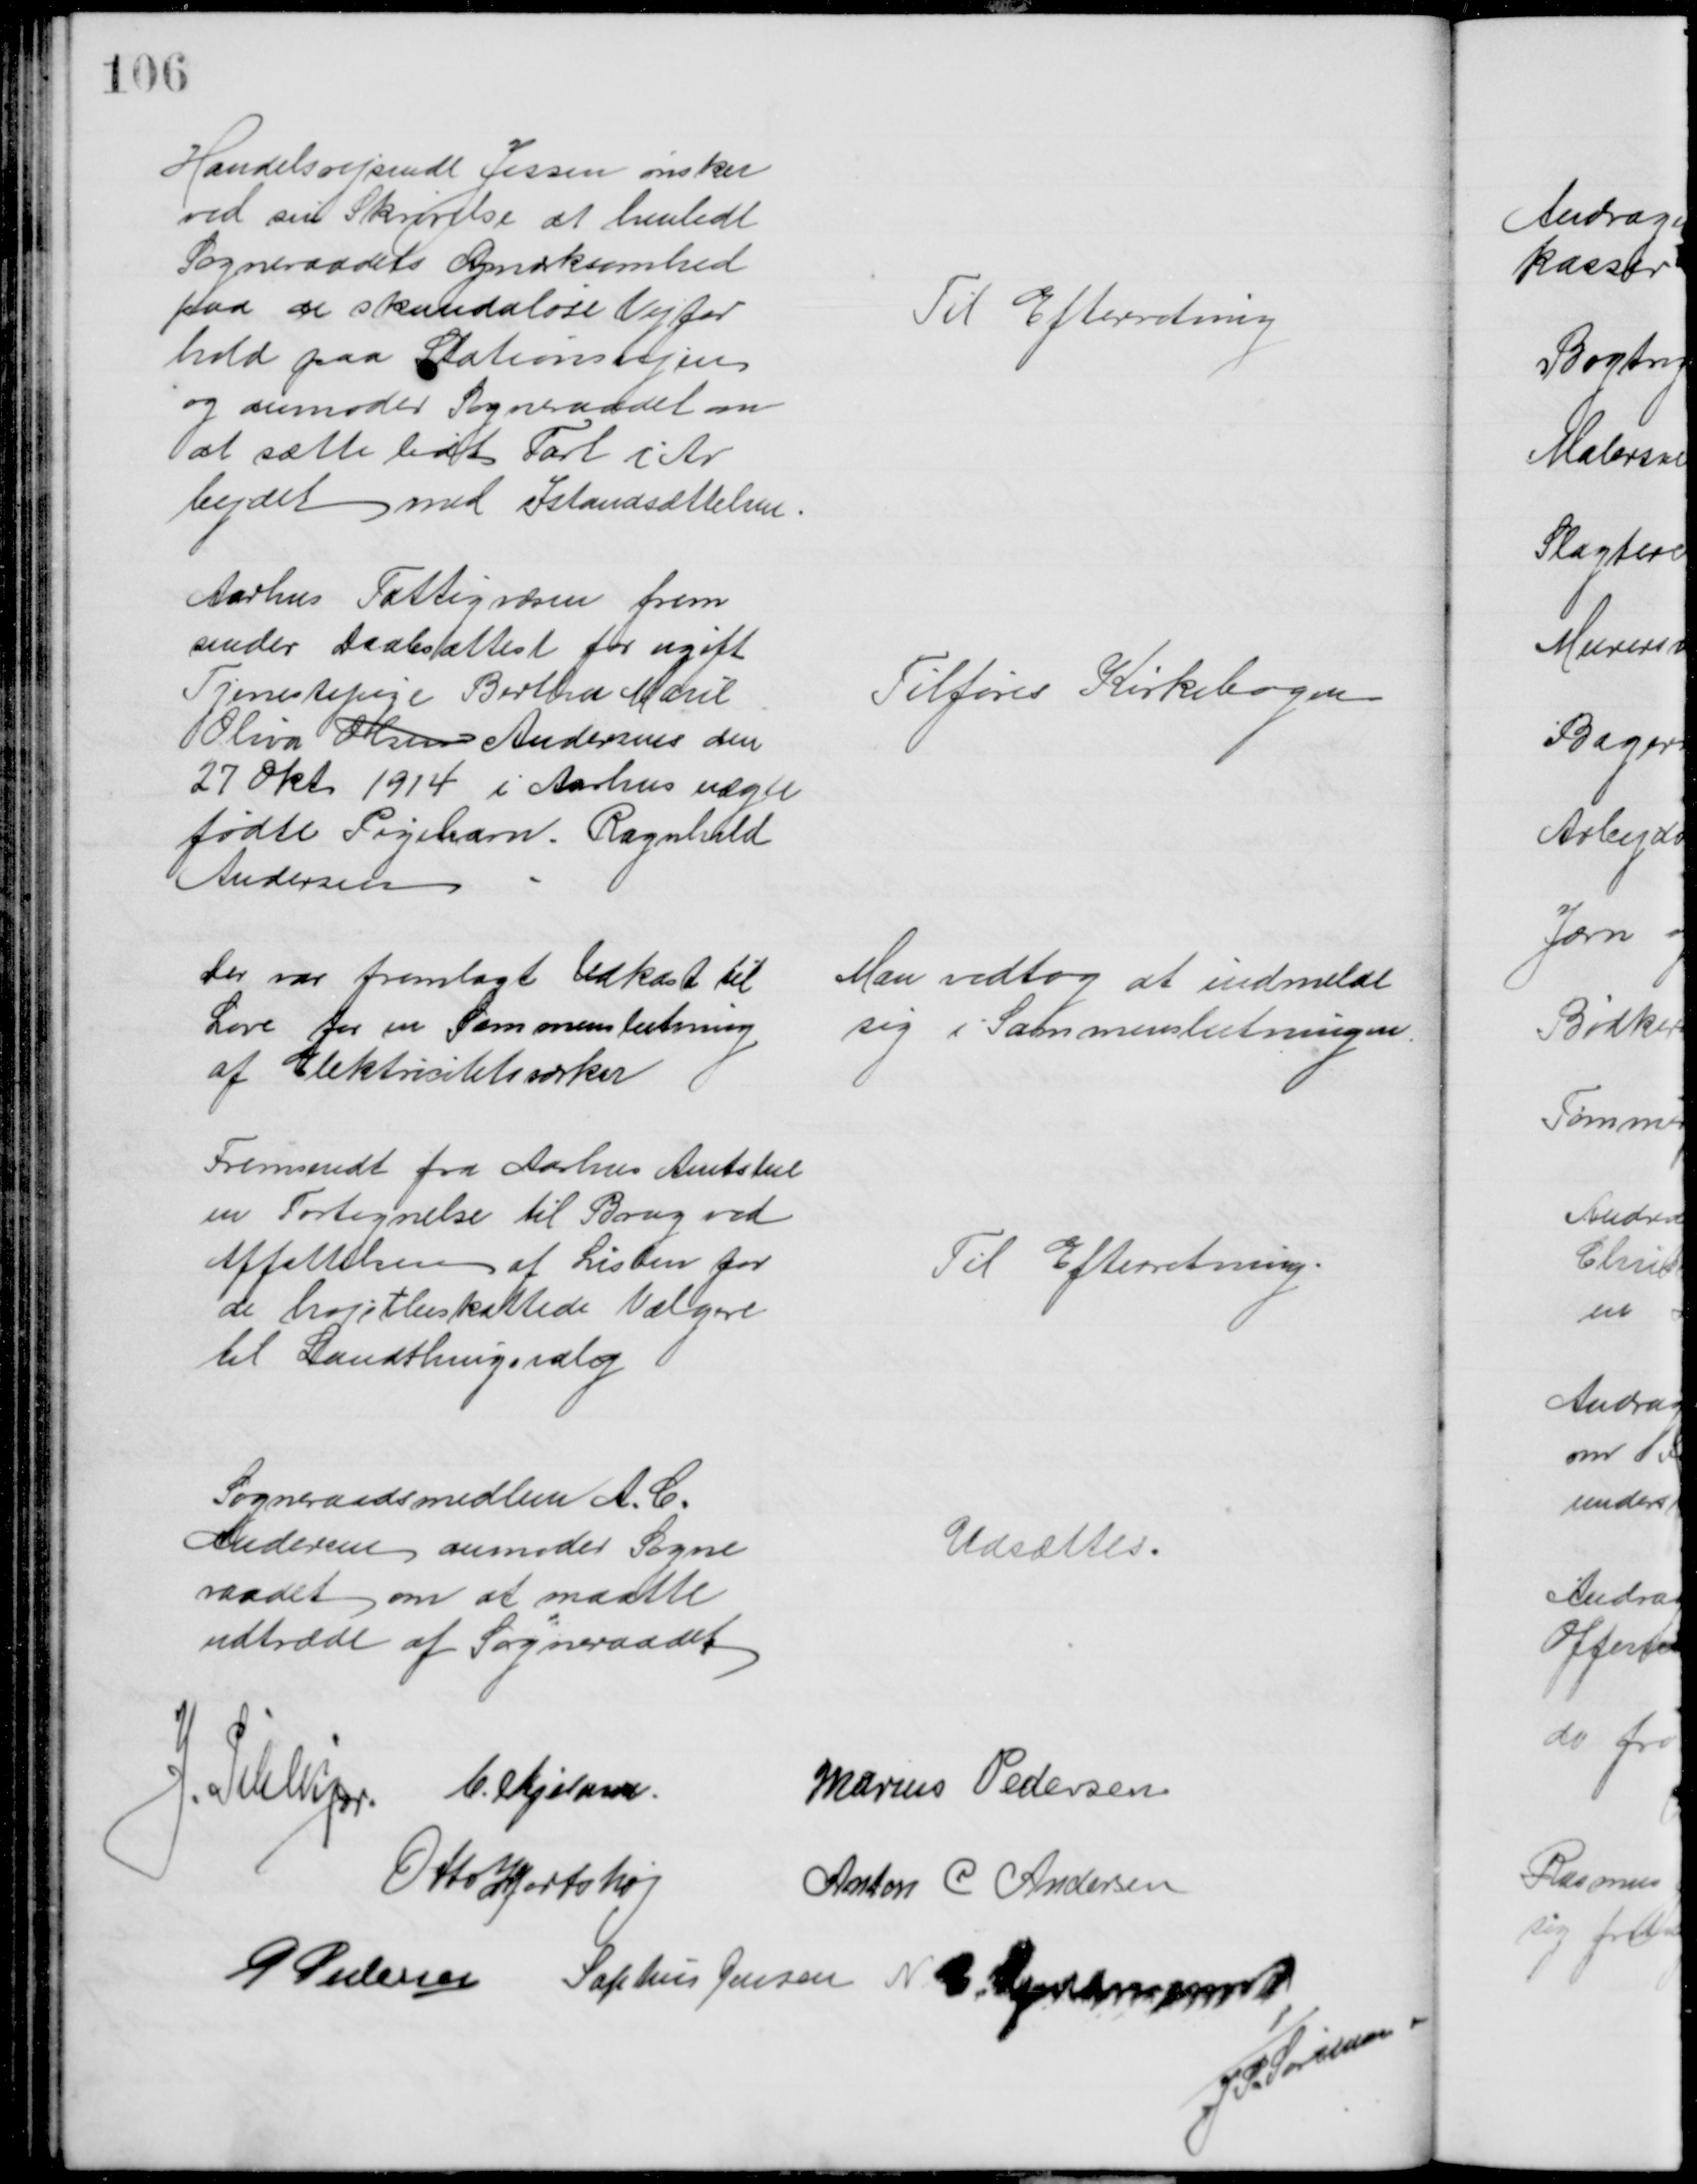
Transskription:
Handelsrejsende Jessen ønsker
ved sin Skrivelse at henlede
Sogneraadets Opmærksomhed
paa de skandaløse Vejfor
hold paa Stationsvejen
og anmoder Sogneraadet om
at sætte lidt Fart i Ar
bejdet med Istandsættelsen
Til Efterretning
Aarhus Fattigvæsen frem
sender Daabsattest for ugift
Tjenestepige Bertha Marie
Oliva Olsen Andersens den
27 Okt 1914 i Aarhus uægte
fødte Pigebarn. Ragnhild
Andersen
Tilføres Kirkebogen
Der var fremlagt Udkast til 
Love for en Sammenslutning
af Elektricitetsværker
Man vedtog at indmelde
sig i Sammenslutningen.
Fremsendt fra Aarhus Amtstue
en Fortegnelse til Brug ved
Affattelsen af Listen for
de højstbeskattede Vælgere
til Landthingsvalg
Til Efterretning
Sogneraadsmedlem A. C. 
Andersen anmoder Sogne
raadet om at maatte
udtræde af Sogneraadet
Udsættes.
J. Pihlkjær. C. Kjeldsen
Marius Pedersen
Otto Hjortshøj
Anton C. Andersen
P Pedersen Sophus Jensen N. C. Guldmann
J. P. Sørensen